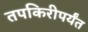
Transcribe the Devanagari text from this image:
तपकिरीपर्यंत